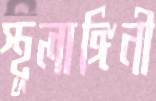
স্থূলাঙ্গিনী